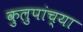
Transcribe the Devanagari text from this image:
कुलुपांच्या